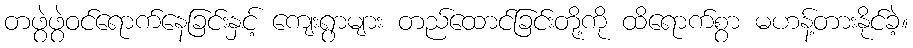
တဖွဲဖွဲဝင်ရောက်နေခြင်းနှင့် ကျေးရွာများ တည်ထောင်ခြင်းတို့ကို ထိရောက်စွာ မဟန့်တားနိုင်ခဲ့။